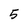
Character: 5